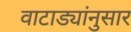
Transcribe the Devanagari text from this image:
वाटाड्यांनुसार